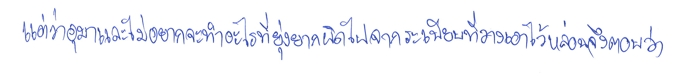
แต่ว่าอุมาและไม่อยากจะทำอะไรที่ยุ่งยากผิดไปจากระเบียบที่วางเอาไว้หล่อนจึงตอบว่า